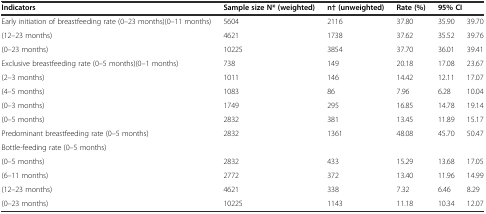
<table><thead><tr><td><b>Indicators</b></td><td><b>Sample size N* (weighted)</b></td><td><b>n† (unweighted)</b></td><td><b>Rate (%)</b></td><td colspan="2"><b>95% CI</b></td></tr></thead><tbody><tr><td>Early initiation of breastfeeding rate (0–23 months)(0–11 months)</td><td>5604</td><td>2116</td><td>37.80</td><td>35.90</td><td>39.70</td></tr><tr><td>(12–23 months)</td><td>4621</td><td>1738</td><td>37.62</td><td>35.52</td><td>39.76</td></tr><tr><td>(0–23 months)</td><td>10225</td><td>3854</td><td>37.70</td><td>36.01</td><td>39.41</td></tr><tr><td>Exclusive breastfeeding rate (0–5 months)(0–1 months)</td><td>738</td><td>149</td><td>20.18</td><td>17.08</td><td>23.67</td></tr><tr><td>(2–3 months)</td><td>1011</td><td>146</td><td>14.42</td><td>12.11</td><td>17.07</td></tr><tr><td>(4–5 months)</td><td>1083</td><td>86</td><td>7.96</td><td>6.28</td><td>10.04</td></tr><tr><td>(0–3 months)</td><td>1749</td><td>295</td><td>16.85</td><td>14.78</td><td>19.14</td></tr><tr><td>(0–5 months)</td><td>2832</td><td>381</td><td>13.45</td><td>11.89</td><td>15.17</td></tr><tr><td>Predominant breastfeeding rate (0–5 months)</td><td>2832</td><td>1361</td><td>48.08</td><td>45.70</td><td>50.47</td></tr><tr><td>Bottle-feeding rate (0–5 months)</td><td></td><td></td><td></td><td></td><td></td></tr><tr><td>(0–5 months)</td><td>2832</td><td>433</td><td>15.29</td><td>13.68</td><td>17.05</td></tr><tr><td>(6–11 months)</td><td>2772</td><td>372</td><td>13.40</td><td>11.96</td><td>14.99</td></tr><tr><td>(12–23 months)</td><td>4621</td><td>338</td><td>7.32</td><td>6.46</td><td>8.29</td></tr><tr><td>(0–23 months)</td><td>10225</td><td>1143</td><td>11.18</td><td>10.34</td><td>12.07</td></tr></tbody></table>